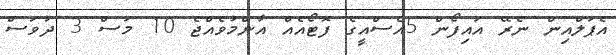
އެޕަލްއިން ނެރޭ އައިފޯން 5އެސްއީގެ ފޮޓޯއެއް އާންމުވެއްޖެ 10 މަސް 3 ދުވަސް